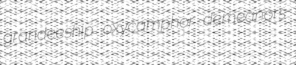
grandeeship oxycamphor demeanors